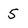
Character: 5